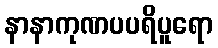
နာနာကုဏပပရိပူရော